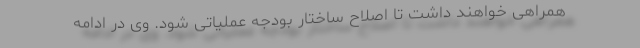
همراهی خواهند داشت تا اصلاح ساختار بودجه عملیاتی شود. وی در ادامه